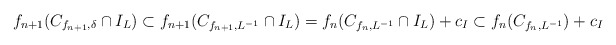
\begin{align*}f_{n+1}(C_{f_{n+1},\delta} \cap I_L) \subset f_{n+1}(C_{f_{n+1},L^{-1}} \cap I_L) = f_{n}(C_{f_{n},L^{-1}} \cap I_L) + c_{I}\subset f_{n}(C_{f_{n},L^{-1}}) + c_{I}\end{align*}